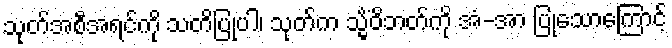
သုတ်အစီအရင်ကို သတိပြုပါ၊ သုတ်က သ္မိံဝိဘတ်ကို အံ-အာ ပြုသောကြောင့်